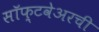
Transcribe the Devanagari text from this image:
सॉफ़्टवेअरची